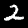
Digit: 2